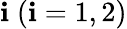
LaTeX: \mathbf{i}\; (\mathbf{i}=1,2)